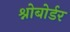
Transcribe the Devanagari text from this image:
श्नोबोर्डर